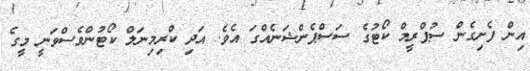
އިން ފެށިގެން ސުޕްރީމް ކޯޓުގެ ސަސްޕެންޝަނެއްގަ އެވެ. އަދި ކްރިމިނަލް ކޯޓުންވެސްވަނީ މީގެ